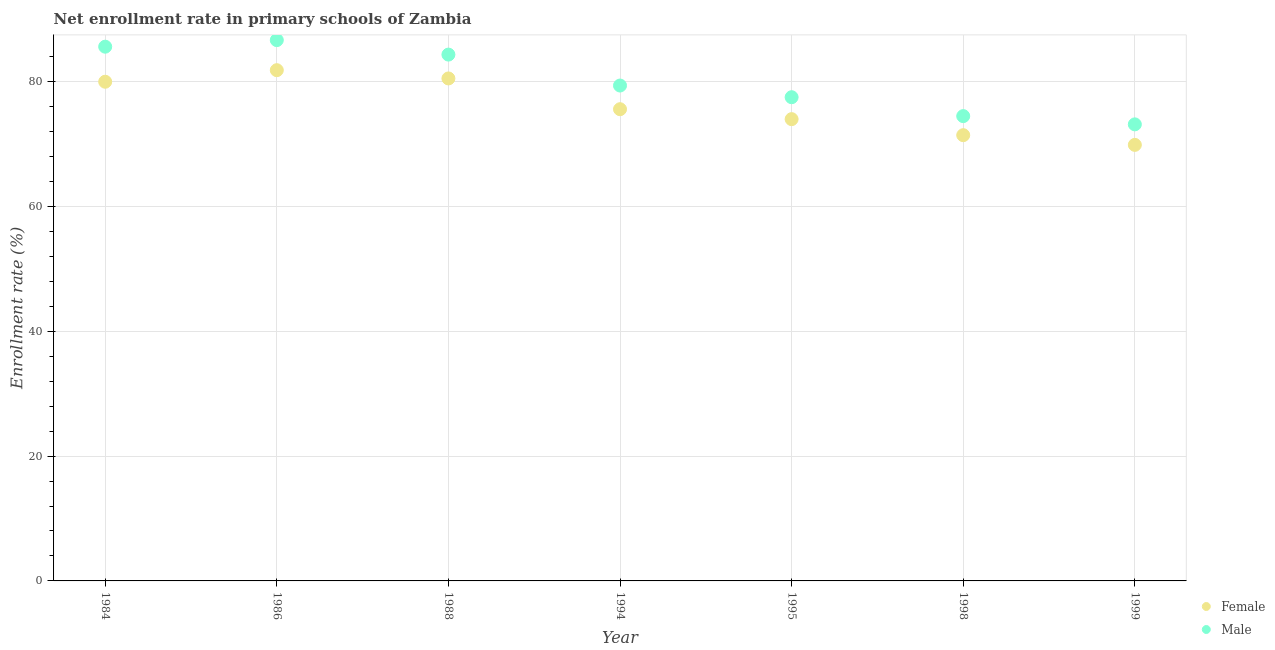
| Year | Female | Male |
 | --- | --- | --- |
 | 1984 | 80 | 85.6 |
 | 1986 | 81.8 | 86.6 |
 | 1988 | 80.5 | 84.3 |
 | 1994 | 75.6 | 79.4 |
 | 1995 | 74 | 77.5 |
 | 1998 | 71.4 | 74.5 |
 | 1999 | 69.9 | 73.1 |